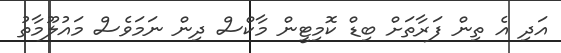
އަދި އެ ތިން ފަރާތަށް ބިޑް ކޮމިޓީން މާކްސް ދިން ނަމަވެސް މައުލޫމާތު